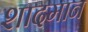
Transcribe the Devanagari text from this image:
शादमान